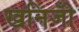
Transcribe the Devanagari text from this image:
खनिजोँ